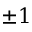
\pm 1